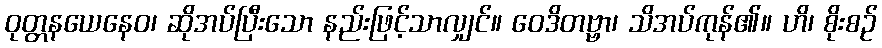
ဝုတ္တနယေနေဝ၊ ဆိုအပ်ပြီးသော နည်းဖြင့်သာလျှင်။ ဝေဒိတဗ္ဗာ၊ သိအပ်ကုန်၏။ ဟိ၊ စိုးစဉ်